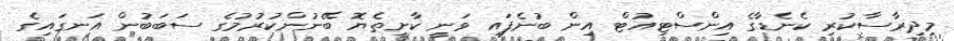
މިދިރާސާކުރި ކެނެޑާގެ އިންސްޓިއުޓް އިން ބުނެފައި ވަނީ ކާށިތެޔޮ ބޭނުންކުރުމުގެ ސަބަބުން އަނގައިގެ